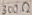
Text: 300Ω